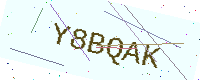
Text: Y8BQAK